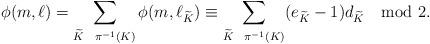
LaTeX: \begin{align*}\phi(m,\ell) = \sum_{\widetilde K \ \ \pi^{-1}(K)} \phi(m, \ell_{\widetilde K}) \equiv \sum_{\widetilde K \ \ \pi^{-1}(K)} (e_{\widetilde K}-1)d_{\widetilde K} \mod 2.\end{align*}